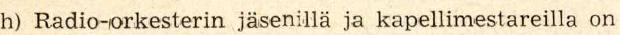
h) Radio-orkesterin jäsenillä ja kapellimestareilla on